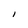
Character: I